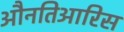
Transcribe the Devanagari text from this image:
औनतिआरिस